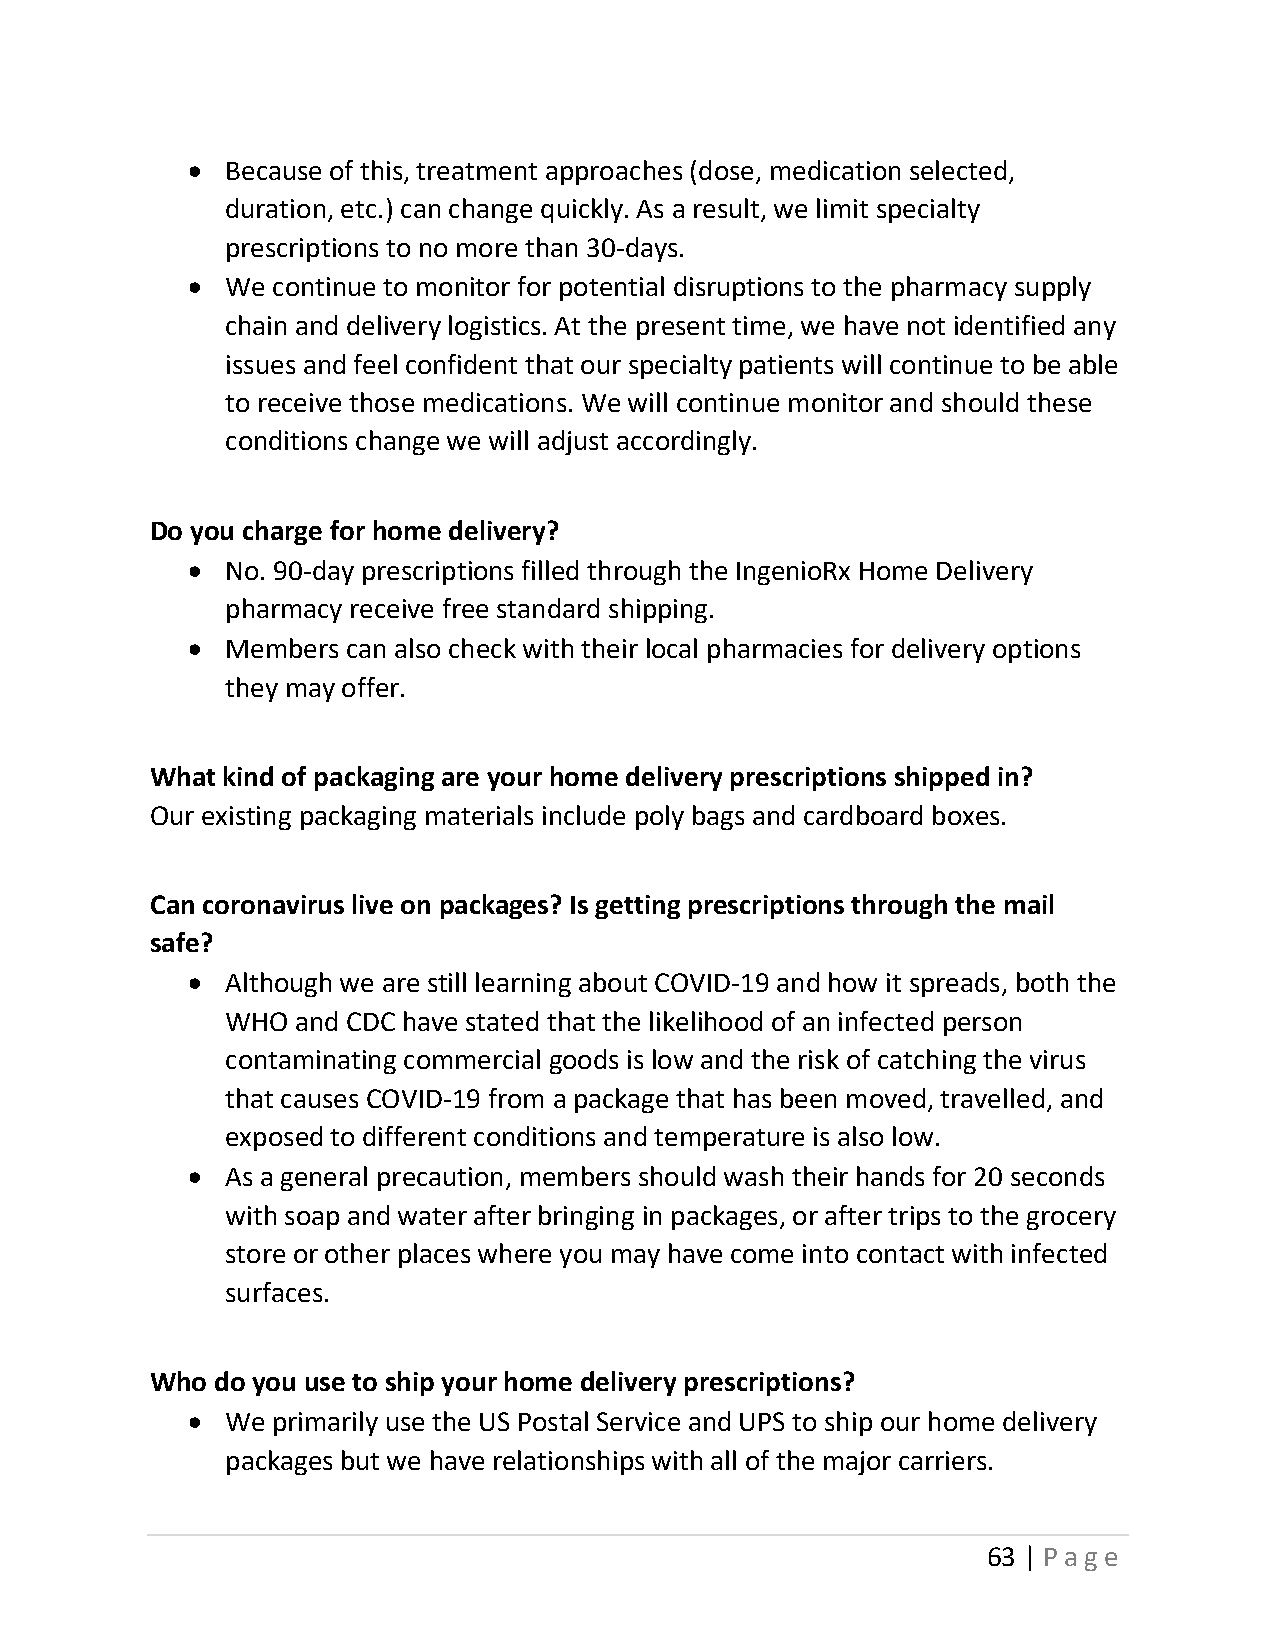
•  Because of this, treatment approaches (dose, medication selected,
 duration, etc.) can change quickly. As a result, we limit specialty
 prescriptions to no more than 30-days.
 •  We continue to monitor for potential disruptions to the pharmacy supply
 chain and delivery logistics. At the present time, we have not identified any
 issues and feel confident that our specialty patients will continue to be able
 to receive those medications. We will continue monitor and should these
 conditions change we will adjust accordingly.
 Do you charge for home delivery?
 •  No. 90-day prescriptions filled through the IngenioRx Home Delivery
 pharmacy receive free standard shipping.
 •  Members can also check with their local pharmacies for delivery options
 they may offer.
 What kind of packaging are your home delivery prescriptions shipped in?
 Our existing packaging materials include poly bags and cardboard boxes.
 Can coronavirus live on packages? Is getting prescriptions through the mail
 safe?
 •  Although we are still learning about COVID‐19 and how it spreads, both the
 WHO  and CDC have stated that the likelihood of an infected person
 contaminating commercial goods is low and the risk of catching the virus
 that causes COVID-19 from a package that has been moved, travelled, and
 exposed to different conditions and temperature is also low.
 •  As a general precaution, members should wash their hands for 20 seconds
 with soap and water after bringing in packages, or after trips to the grocery
 store or other places where you may have come into contact with infected
 surfaces.
 Who do you use to ship your home delivery prescriptions?
 •  We primarily use the US Postal Service and UPS to ship our home delivery
 packages but we have relationships with all of the major carriers.
 63 | Page